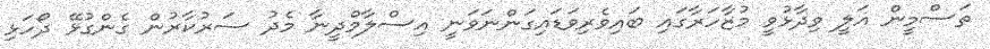
ތަސްމީން އަލީ ވިދާޅުވީ މުޒާހަރާގައި ބައިވެރިވަޑައިގަންނަވަނީ އިސްލާމްދީނާ މެދު ސަރުކާރުން ގެންގުޅޭ ދޯހަޅި